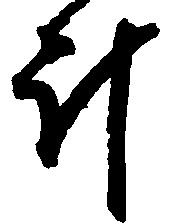
斗